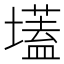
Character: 壒